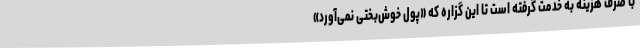
با صرف هزینه به خدمت گرفته است تا این گزاره که «پول خوش‌بختی نمی‌آورد»